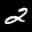
Label: 2